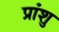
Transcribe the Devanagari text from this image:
प्रांशु